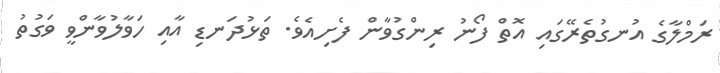
ރަމްލާގެ އުނގުތެރޭގައި އޮތް ފޯނު ރިންގުވާން ފެށިއެވެ. ތަޅުދަނޑި އާއި ހަވާލުވާންވީ ވަގުތު